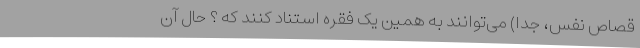
قصاص نفس، جُدا) می‌توانند به همین یک فقره استناد کنند که ؟ حال آن